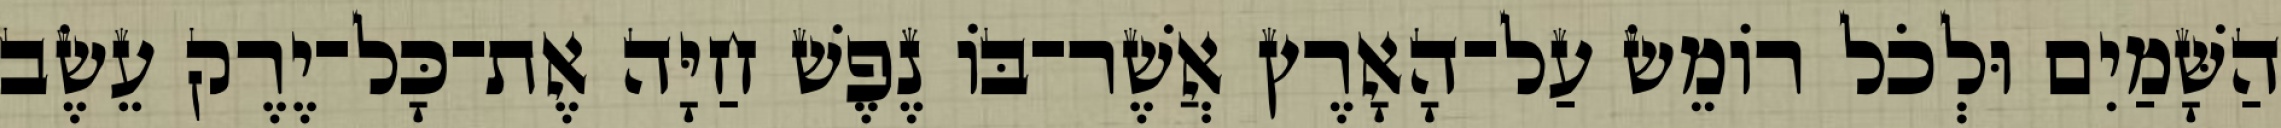
הַשָּׁמַיִם וּלְכֹל רֹומֵשׂ עַל־הָאָרֶץ אֲשֶׁר־בֹּו נֶפֶשׁ חַיָּה אֶת־כָּל־יֶרֶק עֵשֶׂב